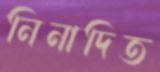
নিনাদিত